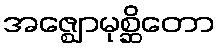
အဇ္ဈောမုစ္ဆိတော